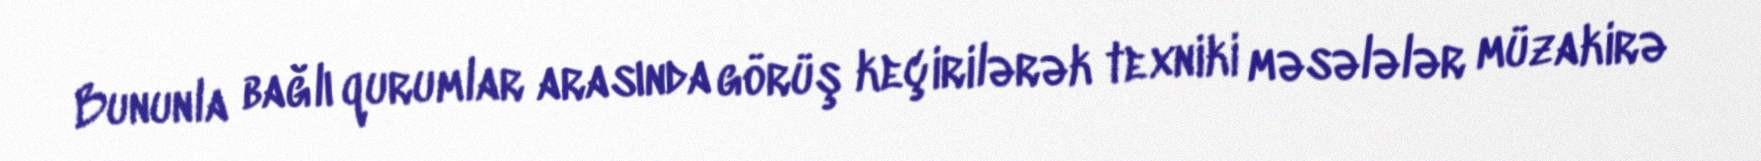
Bununla bağlı qurumlar arasında görüş keçirilərək texniki məsələlər müzakirə